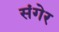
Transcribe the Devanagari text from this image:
संगेर